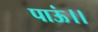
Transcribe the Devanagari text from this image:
पाऊं।।